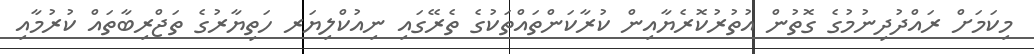
މިކަމަށް ރައްދުދިނުމުގެ ގޮތުން އުތުރުކޮރެޔާއިން ކުރާކަންތައްތަކުގެ ތެރޭގައި ނިއުކްލިޔަރ ހަތިޔާރުގެ ތަޖްރިބާތައް ކުރުމާއި